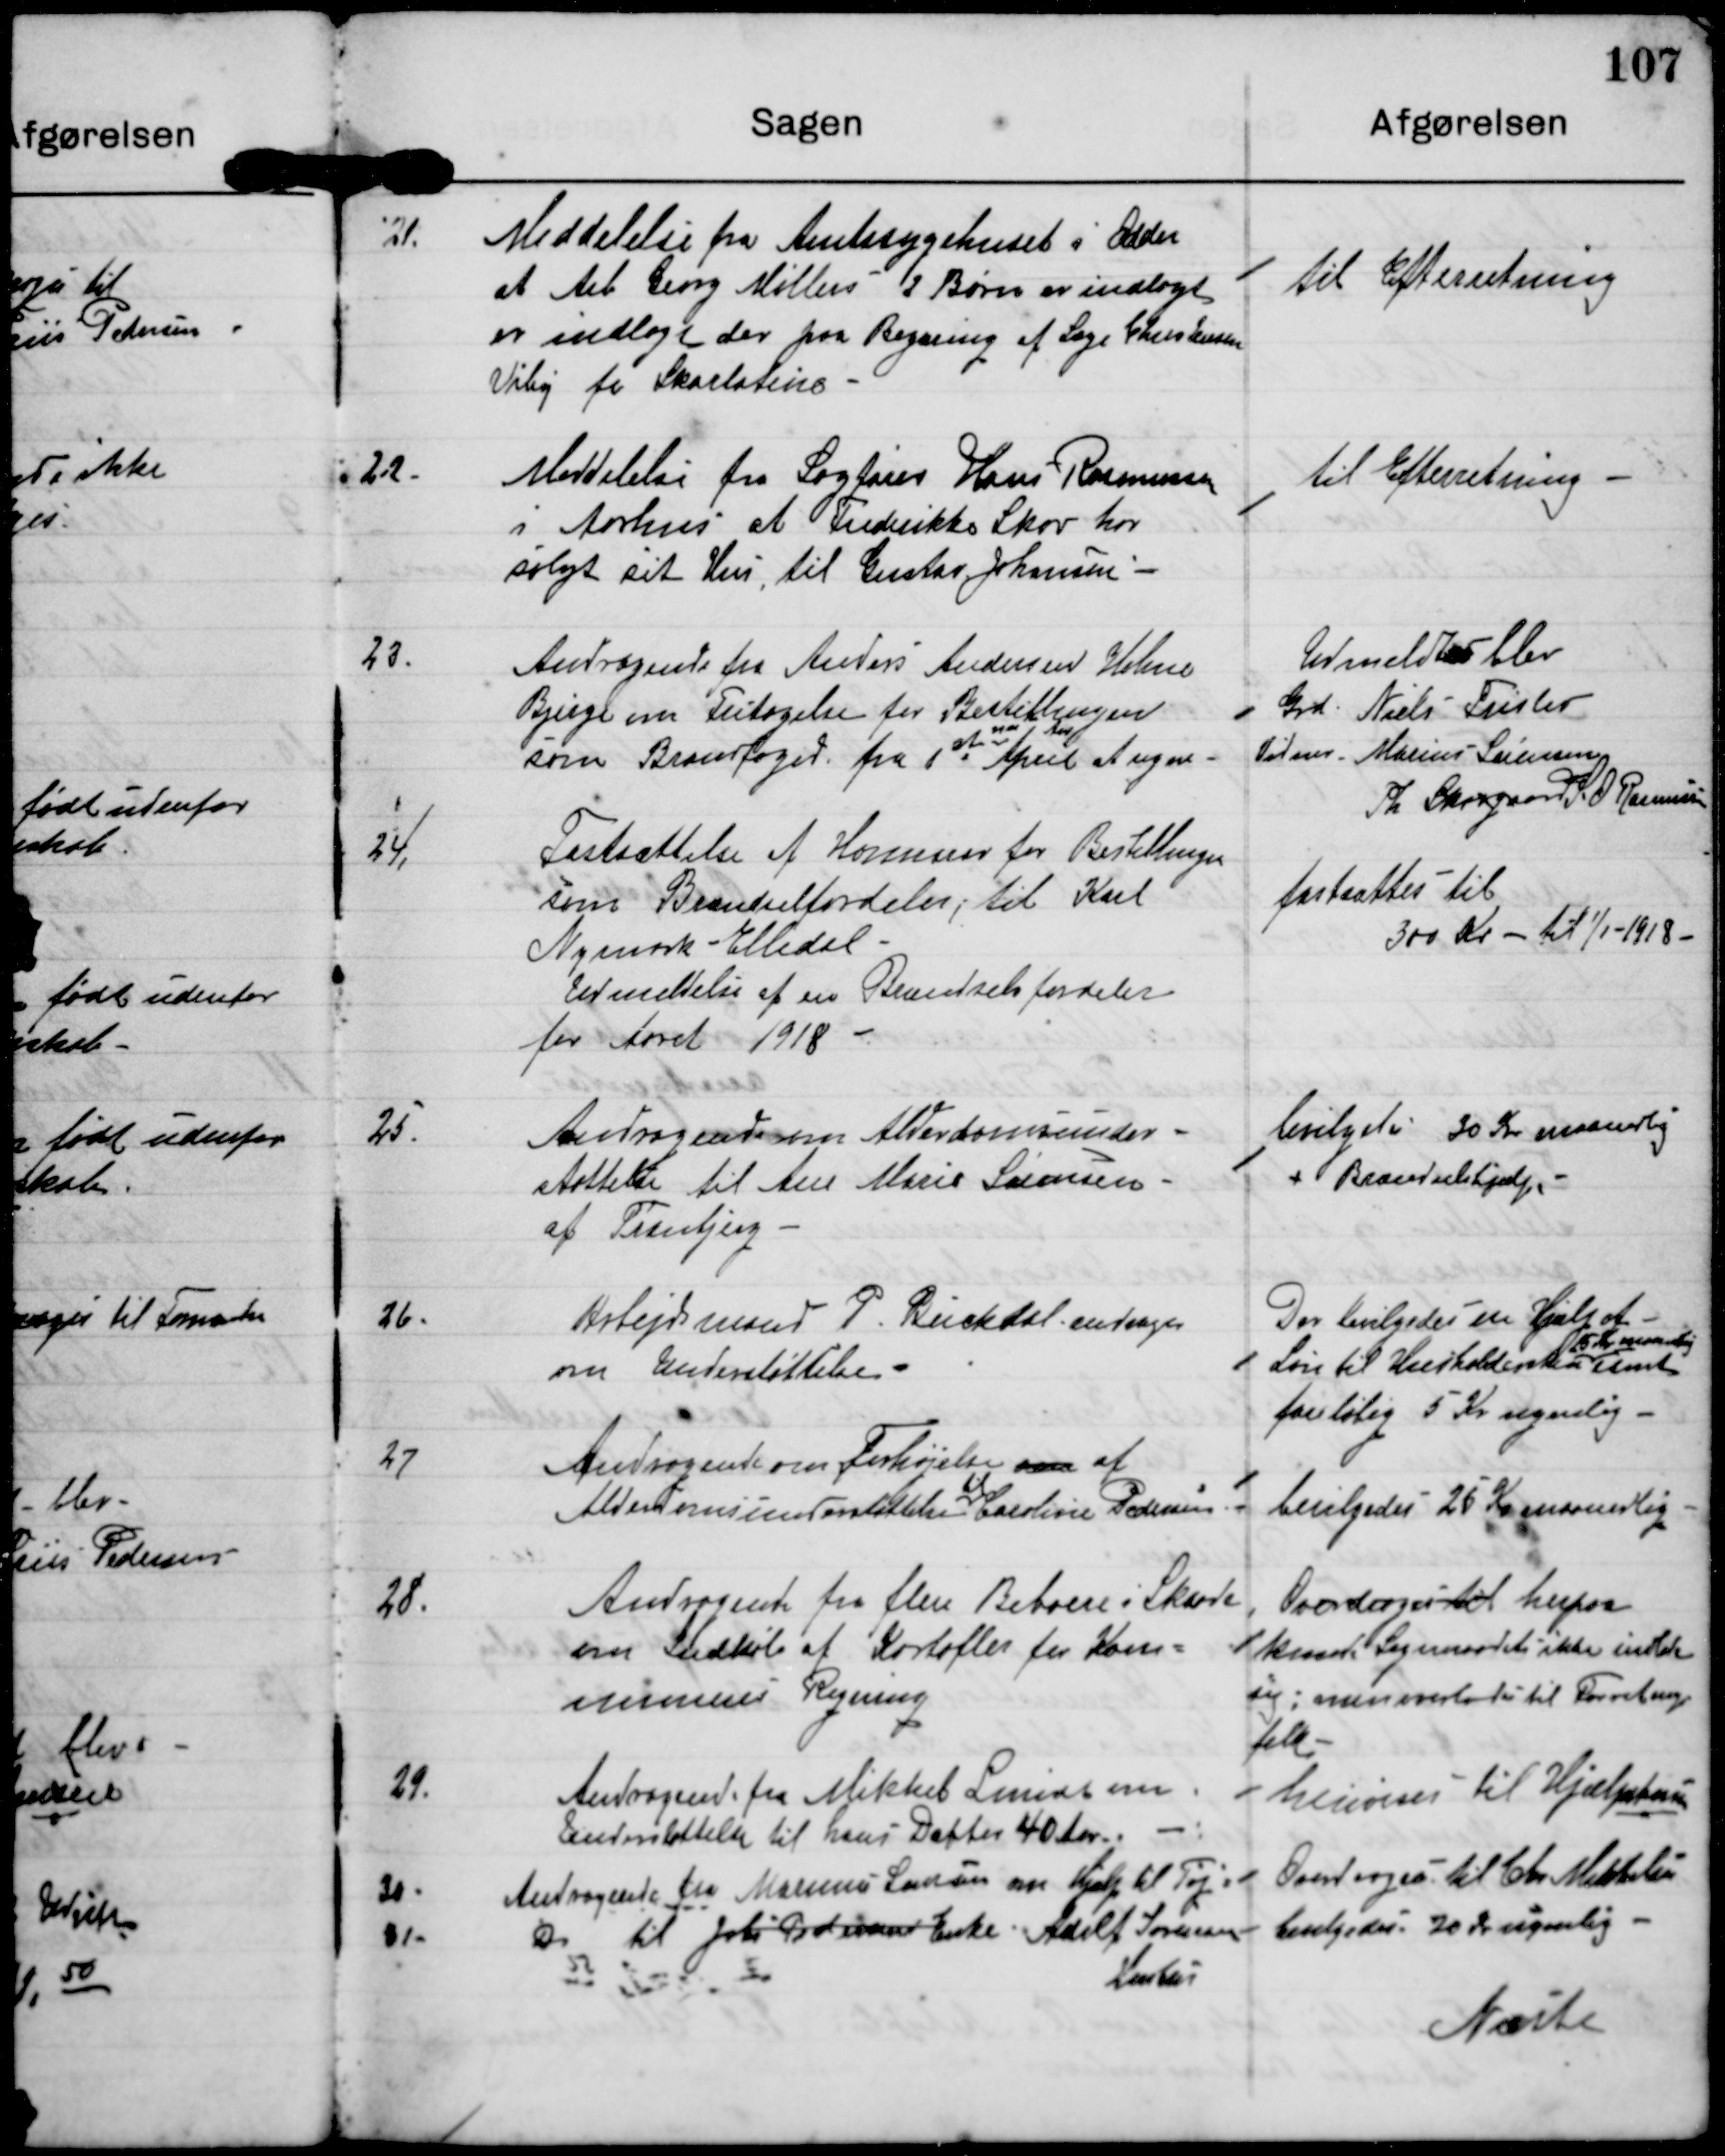
Transskription:
21.

Meddelelse fra Amtssygehuset i Odder
at Arb. Georg Møllers 2 Børn er indlagt
er indlagt der paa Begæring af Læge Christensen
Viby for Skarlatino.

til Efterretning

22.

Meddelelse fra Sagfører Hans Rasmussen
i aarhus at Frederikke Skov har
solgt sit Hus til Gustav Johansen.

til Efterretning

23.

Andragende fra Anders Andersen Holme
Bjerge om Fritagelse for Bestillingen
som Brandfoged fra 1st April at regne

Udmeldt 5 blev
Grd. Niels Frislev
Tilm Marius Sørensen
Th. Skovgaard S.O.Rasmussen

24.

Fastsættelse af Honnorar for Bestillingen
som Brændselfordeler til Karl
Nymark - Elledal
Udmeldelse af en Brændselsfordeler
for Aaret 1918

fastsattes til
300 Kr til 1/1-1918

25.

Andragende om Alderdomsunder-
støttelse til Ane Marie Sørenseen
af Tranbjerg.

bevilgedes 30 kr maanedlig
+ Brændsselshjælp

26.

Arbejdsmand P. Birkedal androges
om Understøttelse.

Der bevilgedes en Hjælp af
25 Kr maanedlig
Løn til Husholdersken samt
foreløbig 5 Kr ugentlig

27

Andragende om Forhøjelse af
til
Alderdomsunderstøttelse Caroline Pedersen

bevilgedes 25 Kr maanedlig

28.

Andragende fra flere Beboere i Skaade
om Indkøb af Kartofler fra Kom-
munens Regning

Overdroges til herpaa
kunde Sogneraadet ikke indlade
sig, men overlades til Forretnings-
folk

29.

Andragende fra Mikkel Smidt om
Understøttelse til hans Datter 40 Aar.

henviser til Hjælpekassen

30.

31.

Andragende fra Marius Laursen om Hjælp til Tøj.
Do til Johs Pedersens Enke. Adolf Sørensen
Kontor

Overdroges til Chr. Mikkelsen
bevilgedes 20 kr ugentlig

Næste